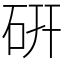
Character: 硏